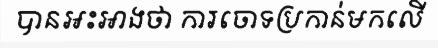
បានអះអាងថា ការចោទប្រកាន់មកលើ